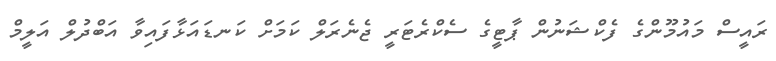
ރައީސް މައުމޫންގެ ފެކްޝަނުން ޕާޓީގެ ސެކްރެޓަރީ ޖެނެރަލް ކަމަށް ކަނޑައަޅާފައިވާ އަބްދުލް އަލީމް